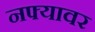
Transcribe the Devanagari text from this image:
नफ्यावर